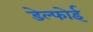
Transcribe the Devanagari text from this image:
डेल्फोई